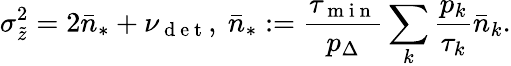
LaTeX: \sigma_{\tilde{z}}^{2}=2\bar{n}_{\ast}+\nu_{\mathrm{~d~e~t~}},~\bar{n}_{\ast}:=\frac{\tau_{\mathrm{~m~i~n~}}}{p_{\Delta}}\sum_{k}\frac{p_{k}}{\tau_{k}}\bar{n}_{k}.